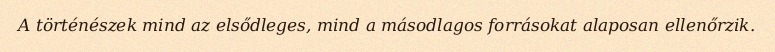
A történészek mind az elsődleges, mind a másodlagos forrásokat alaposan ellenőrzik.